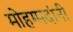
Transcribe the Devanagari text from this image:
मोहम्मदांनी